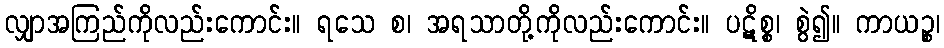
လျှာအကြည်ကိုလည်းကောင်း။ ရသေ စ၊ အရသာတို့ကိုလည်းကောင်း။ ပဋိစ္စ၊ စွဲ၍။ ကာယဉ္စ၊